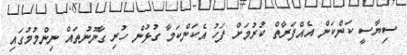
ސިޔާސީ ކަންކަން އެއްފަރާތް ކުރުމަށް ފަހު އެކަންކަމާ ގުޅުން ހުރި ގާނޫނުތައް ނިންމުމުގައި